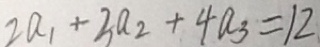
2 a _ { 1 } + 3 a _ { 2 } + 4 a _ { 3 } = 1 2